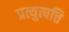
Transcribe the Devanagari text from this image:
प्रत्युत्पत्ति